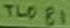
Text: TL081